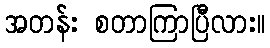
အတန်း စတာကြာပြီလား။